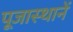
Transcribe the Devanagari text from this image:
पूजास्थानें